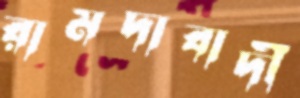
রামদাবাদী